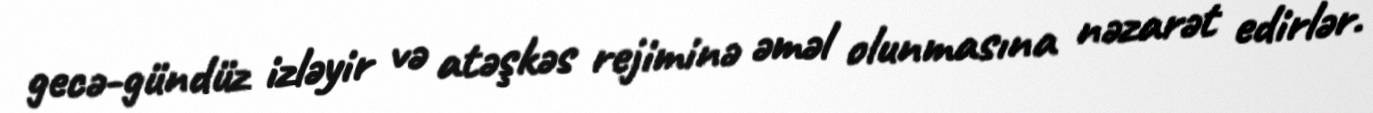
gecə-gündüz izləyir və atəşkəs rejiminə əməl olunmasına nəzarət edirlər.